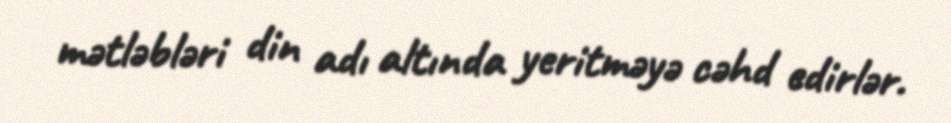
mətləbləri din adı altında yeritməyə cəhd edirlər.